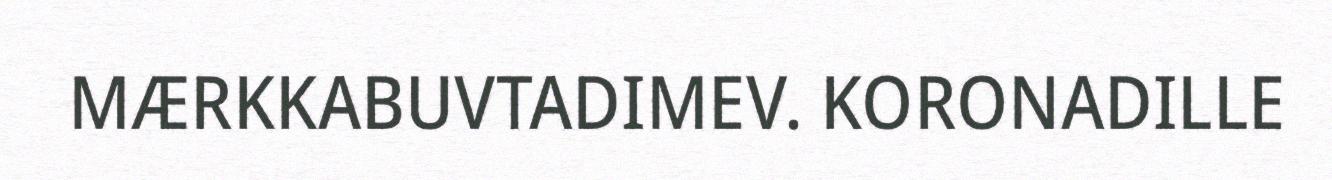
MÆRKKABUVTADIMEV. KORONADILLE